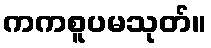
ကကစူပမသုတ်။